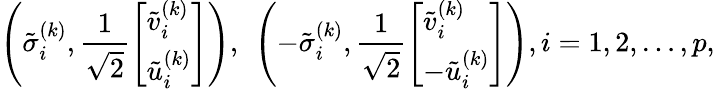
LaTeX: \left(\tilde{\sigma}_{i}^{(k)},\frac{1}{\sqrt{2}}\left[\begin{array}{l}{\tilde{v}_{i}^{(k)}}\\ {\tilde{u}_{i}^{(k)}}\end{array}\right]\right),\ \left(-\tilde{\sigma}_{i}^{(k)},\frac{1}{\sqrt{2}}\left[\begin{array}{l}{\tilde{v}_{i}^{(k)}}\\ {-\tilde{u}_{i}^{(k)}}\end{array}\right]\right),i=1,2,\dots,p,